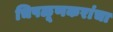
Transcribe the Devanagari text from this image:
चिपळूणकरांचा